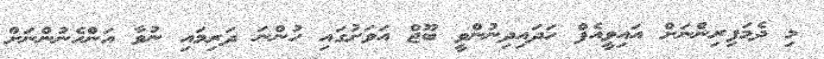
މި ދެމަފިރިންނަށް އައިވީއެފް ހަދައިދިނުންވީ ބޫޖް އަވަށުގައި ހުންނަ ދަރިމައި ނުވާ އަންހެނުންނަށް